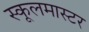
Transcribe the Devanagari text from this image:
स्कूलमास्टर